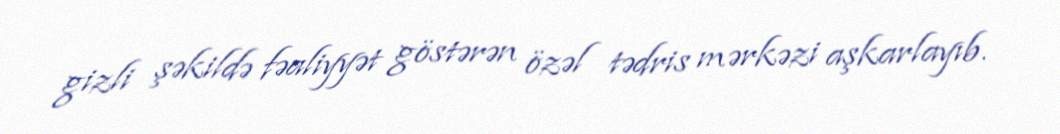
gizli şəkildə fəaliyyət göstərən özəl tədris mərkəzi aşkarlayıb.